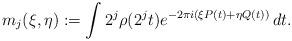
LaTeX: \begin{align*} m_j(\xi,\eta):=\int 2^j\rho(2^jt)e^{-2\pi i(\xi P(t)+\eta Q(t))}\,dt.\end{align*}